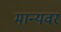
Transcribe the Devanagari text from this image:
मान्‍यवर